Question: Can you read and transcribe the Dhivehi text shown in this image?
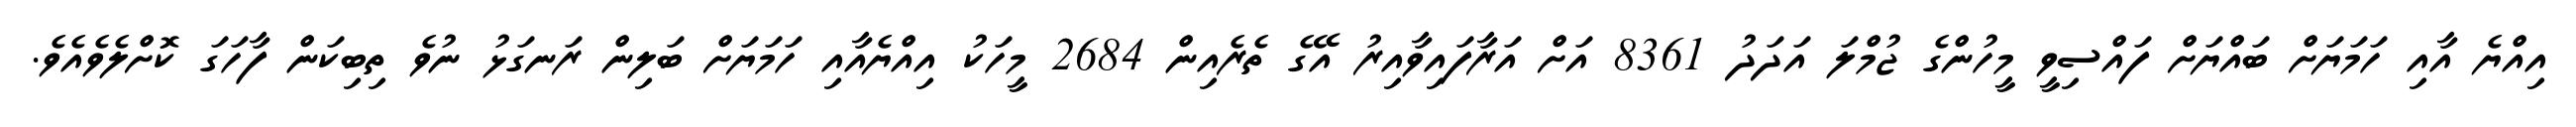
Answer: އިއްޔެ އާއި ހަމަޔަށް ބައްޔަށް ފައްސިވީ މީހުންގެ ޖުމްލަ އަދަދު 8361 އަށް އަރާފައިވާއިރު އޭގެ ތެރެއިން 2684 މީހަކު އިއްޔެއާއި ހަމަޔަށް ބަލިން ރަނގަޅު ނުވެ ތިބިކަން ފާހަގަ ކޮށްލެވެއެވެ.